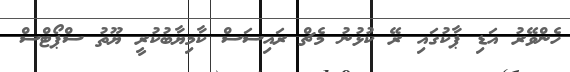
ހެންވޭރު އަޑި ޕާކުގައި ރޭ ކުޅުނު މެޗް ރައިސަސް ކާމިޔާބުކުރީ ޔޫތު ސްޕޯޓްސް